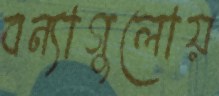
বন্যাগুলোয়